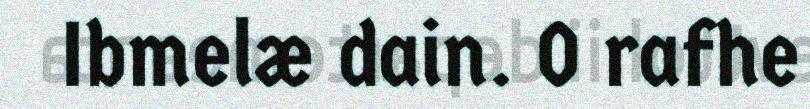
Ibmelæ dain. O rafhe